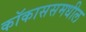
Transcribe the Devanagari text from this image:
कॉकाससमधील